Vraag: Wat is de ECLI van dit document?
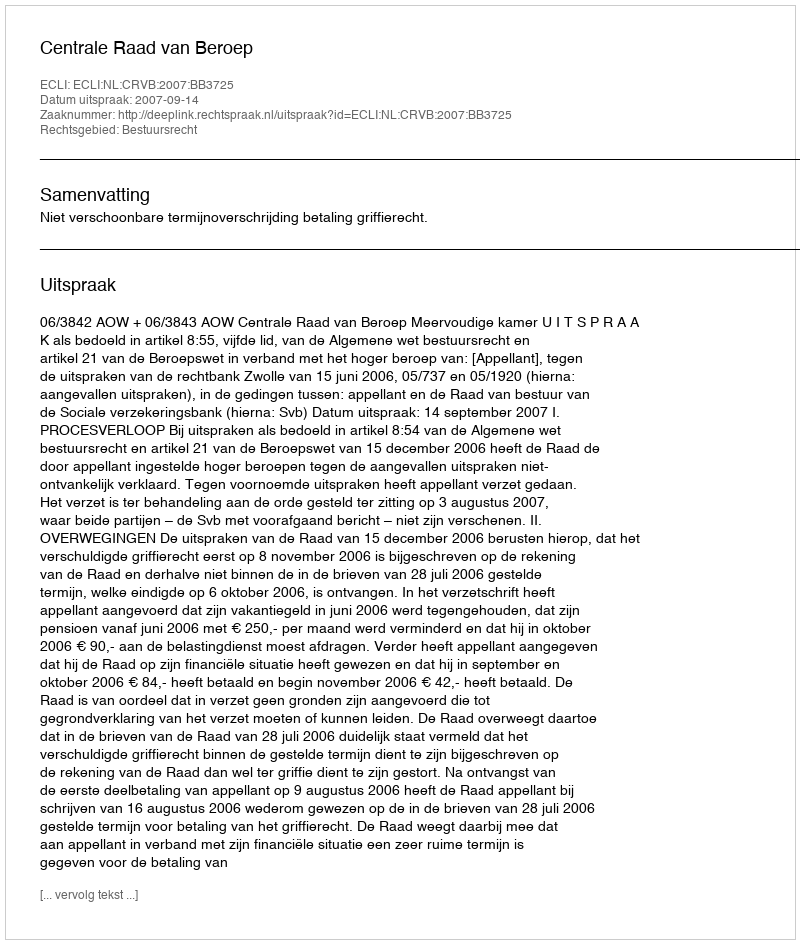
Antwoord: ECLI:NL:CRVB:2007:BB3725